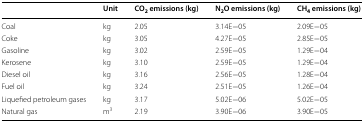
|  | Unit | CO2 emissions (kg) | N2O emissions (kg) | CH4 emissions (kg) |
 | --- | --- | --- | --- | --- |
 | Coal | kg | 2.05 | 3.14E−05 | 2.09E−05 |
 | Coke | kg | 3.05 | 4.27E−05 | 2.85E−05 |
 | Gasoline | kg | 3.02 | 2.59E−05 | 1.29E−04 |
 | Kerosene | kg | 3.10 | 2.59E−05 | 1.29E−04 |
 | Diesel oil | kg | 3.16 | 2.56E−05 | 1.28E−04 |
 | Fuel oil | kg | 3.24 | 2.51E−05 | 1.26E−04 |
 | Liquefied petroleum gases | kg | 3.17 | 5.02E−06 | 5.02E−05 |
 | Natural gas | m3 | 2.19 | 3.90E−06 | 3.90E−05 |